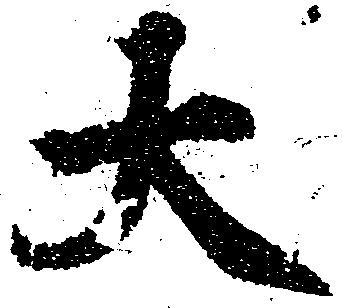
大